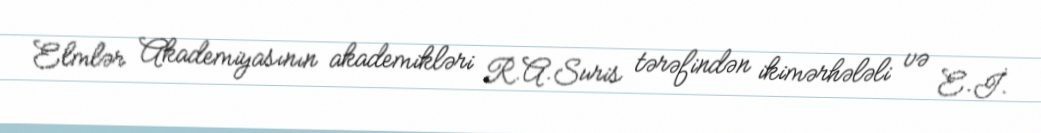
Elmlər Akademiyasının akademikləri R.A.Suris tərəfindən ikimərhələli və E.İ.